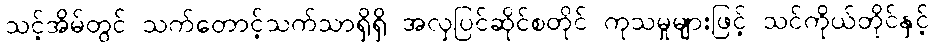
သင့်အိမ်တွင် သက်တောင့်သက်သာရှိရှိ အလှပြင်ဆိုင်စတိုင် ကုသမှုများဖြင့် သင်ကိုယ်တိုင်နှင့်